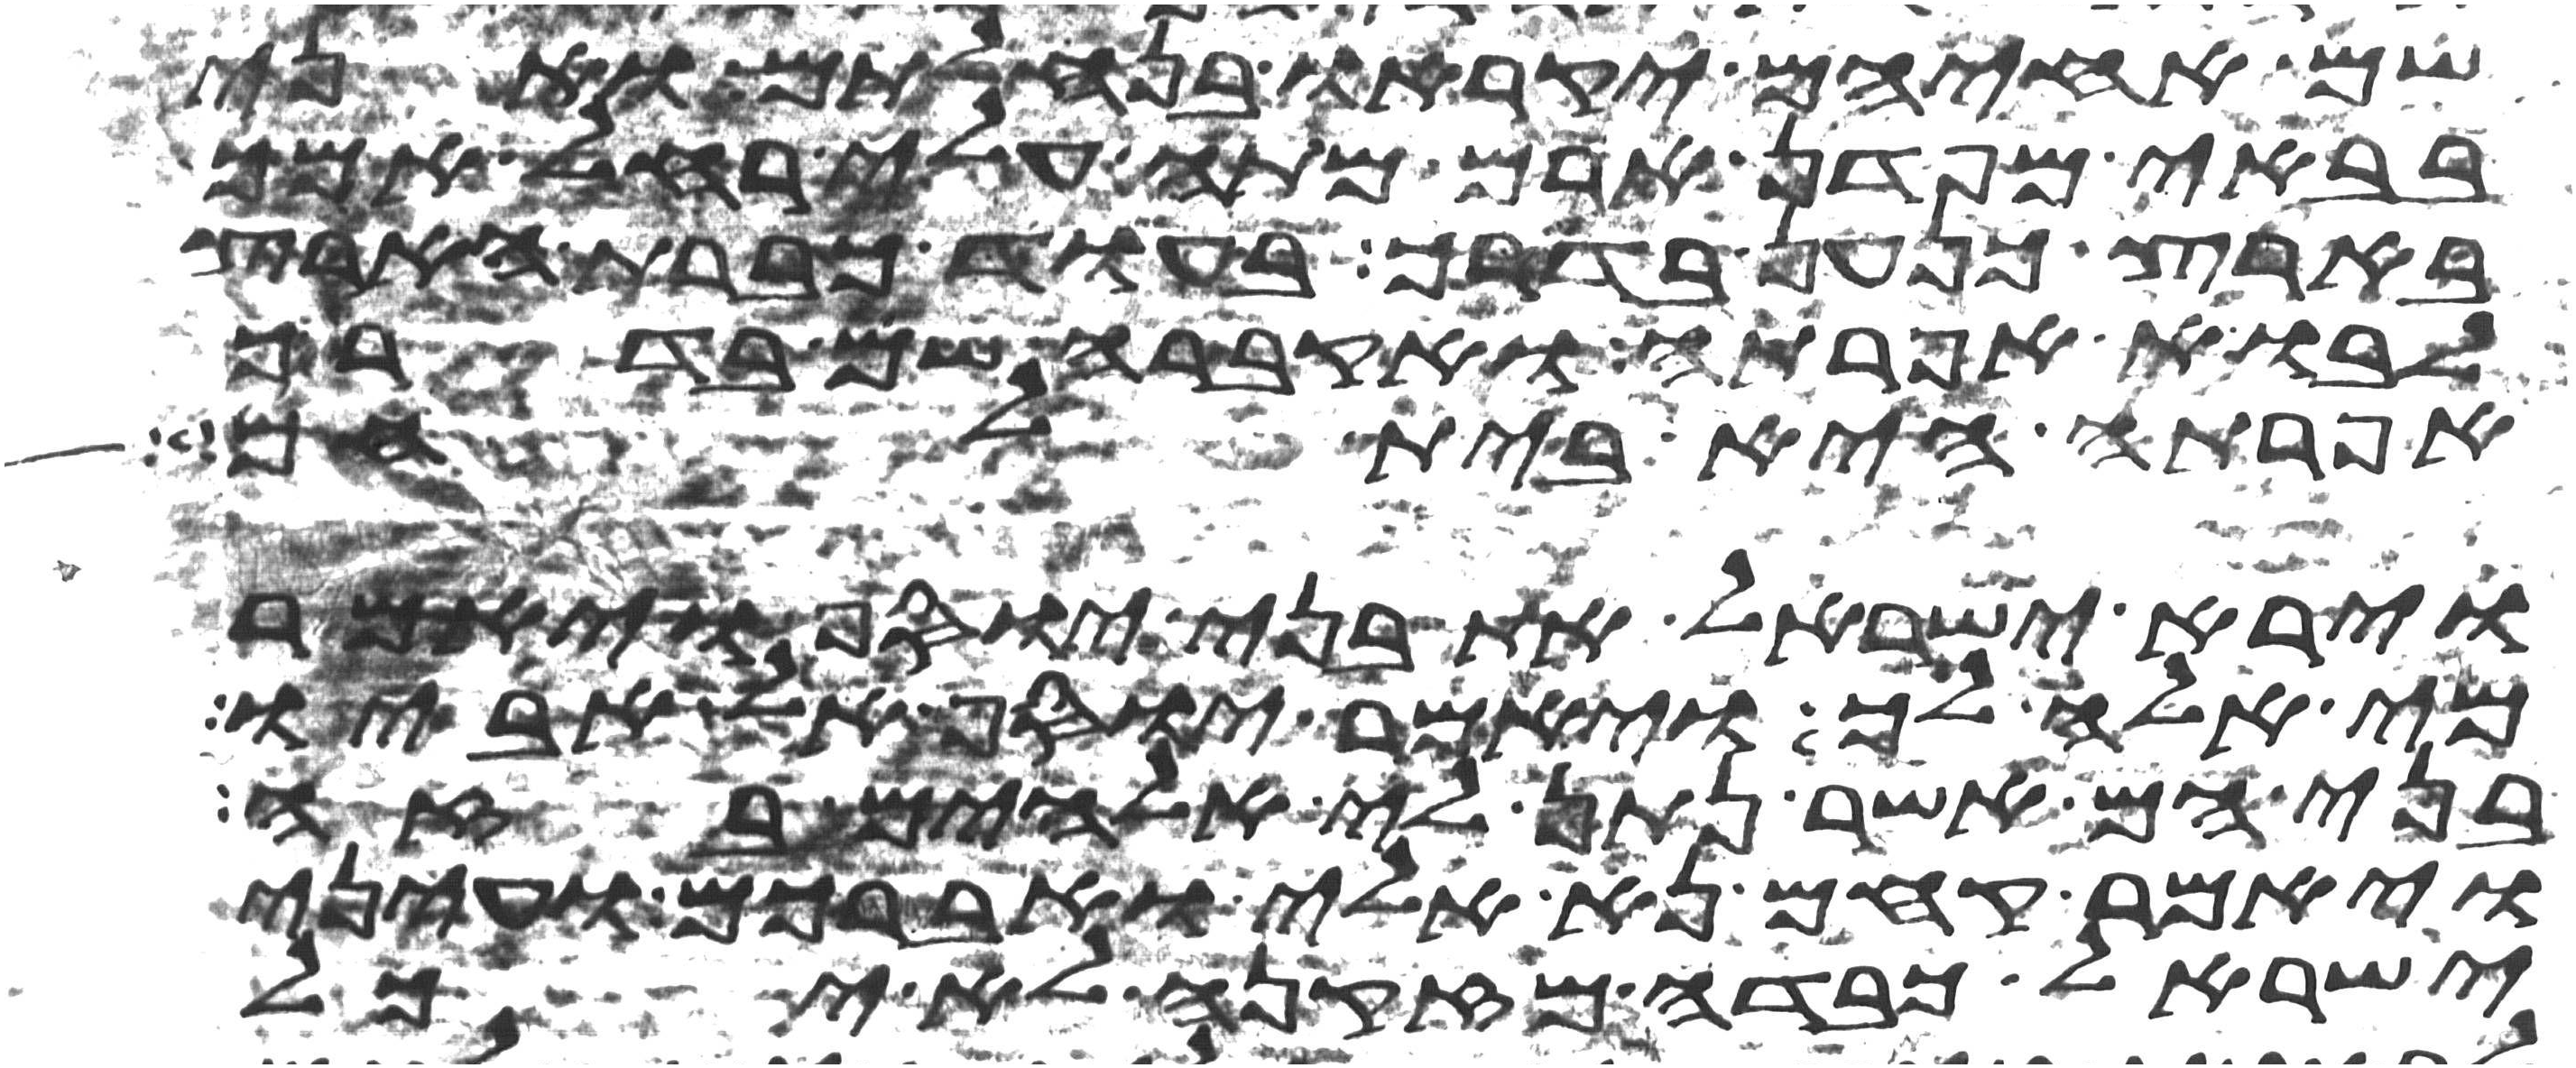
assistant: שם אחיהם יקראו בנחלתם ואני
בבאי מפדן ארם מתה עלי רחל אמך
בארץ כנען בדרך בעוד כברת הארץ
לבוא אפרתה ואקברה שם בדרך
אפרתה היא בית לחם
וירא ישראל את בני יוסף ויאמר
מי אלה לך ויאמר יוסף אל אביו
בני הם אשר נתן לי אלהים בזה
ויאמר קחם נא אלי ואברכם ועיני
ישראל כבדה מזקנה לא יכל